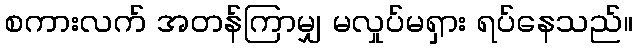
စကားလက် အတန်ကြာမျှ မလှုပ်မရှား ရပ်နေသည်။